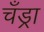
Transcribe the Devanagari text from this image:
चँड्रा